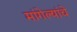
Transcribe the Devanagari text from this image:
मांगेल्यांचे